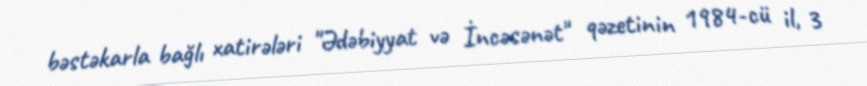
bəstəkarla bağlı xatirələri "Ədəbiyyat və İncəsənət" qəzetinin 1984-cü il, 3